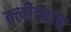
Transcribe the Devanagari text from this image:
क्लीच्याच